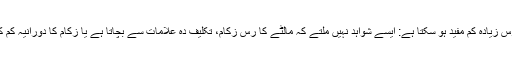
مالٹے کا رس زیادہ کم مفید ہو سکتا ہے: ایسے شواہد نہیں ملتے کہ مالٹے کا رس زکام، تکلیف دہ علامات سے بچاتا ہے یا زکام کا دورانیہ کم کر دیتا ہے۔